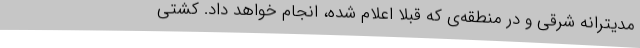
مدیترانه شرقی و در منطقه‌ی که قبلاً اعلام شده، انجام خواهد داد. کشتی